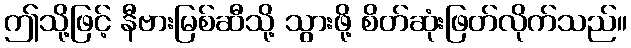
ဤသို့ဖြင့် နီဗားမြစ်ဆီသို့ သွားဖို့ စိတ်ဆုံးဖြတ်လိုက်သည်။